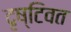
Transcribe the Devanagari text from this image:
दृष्टिवत